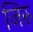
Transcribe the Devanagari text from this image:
जिरु